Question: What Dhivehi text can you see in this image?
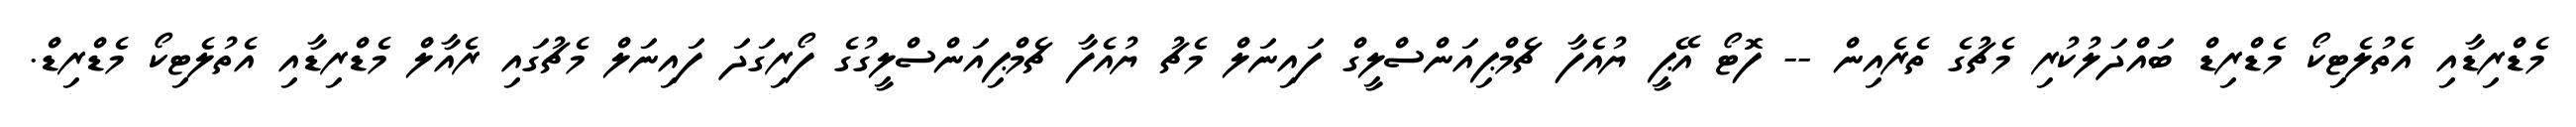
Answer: މެޑްރިޑާއި އެތުލެޓިކޯ މެޑްރިޑް ބައްދަލުކުރި މެޗުގެ ތެރެއިން -- ފޮޓޯ އޭޕީ ޔުއެފާ ޗެމްޕިއަންސްލީގް ފައިނަލް މެޗު ޔުއެފާ ޗެމްޕިއަންސްލީގުގެ ފޯރިގަދަ ފައިނަލް މެޗުގައި ރެއާލް މެޑްރިޑާއި އެތުލެޓިކޯ މެޑްރިޑް.